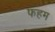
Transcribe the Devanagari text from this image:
फहम